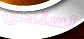
تستحق